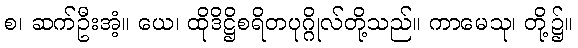
စ၊ ဆက်ဦးအံ့။ ယေ၊ ထိုဒိဋ္ဌိစရိတပုဂ္ဂိုလ်တို့သည်။ ကာမေသု၊ တို့၌။